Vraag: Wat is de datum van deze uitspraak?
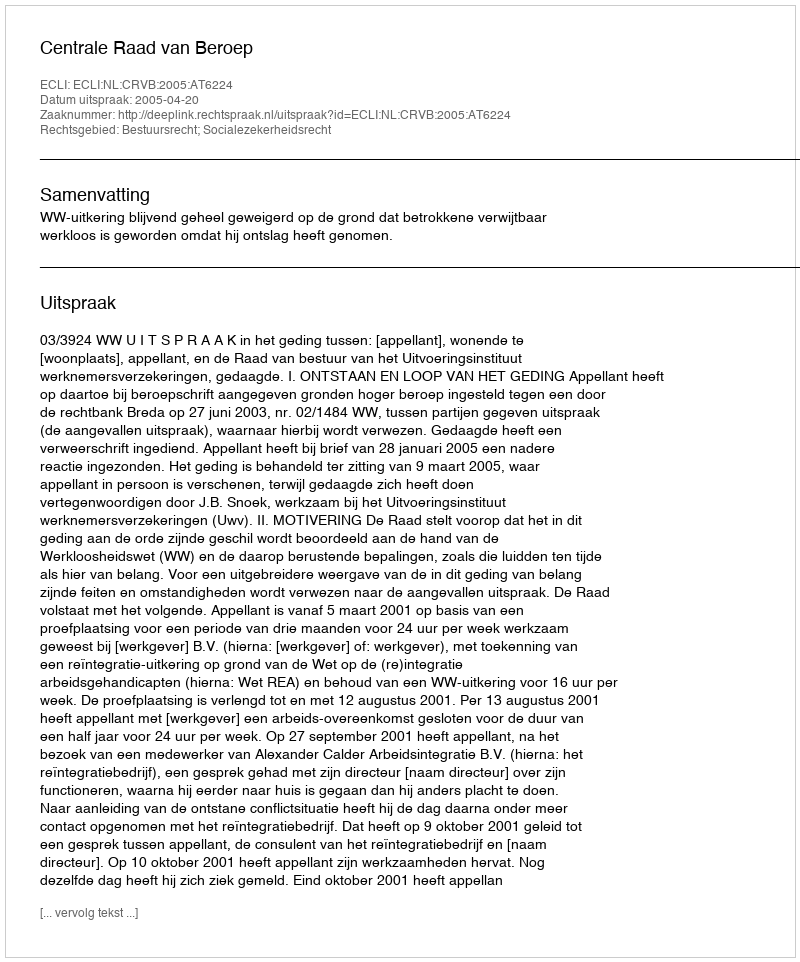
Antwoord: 2005-04-20